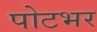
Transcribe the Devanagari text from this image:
पोटभर